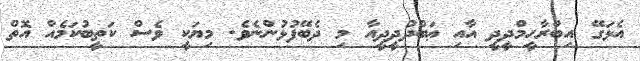
އެޅަގޭ އިބްރާހީމްދީދީ އާއި ޢަބްދުދީދީއާ މި ދެބޭފުޅުންނެވެ. މިޔަކީ ވެސް ކަތީބުކަމެއް އޮތް